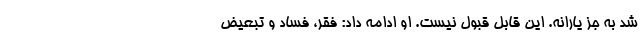
شد به جز یارانه. این قابل قبول نیست. او ادامه داد: فقر، فساد و تبعیض